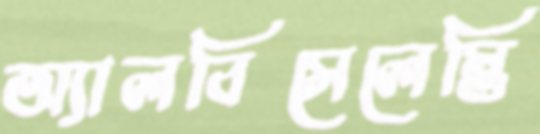
অ্যালবিসেলেস্তি